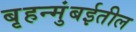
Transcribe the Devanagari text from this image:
बृहन्मुंबईतील